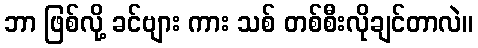
ဘာ ဖြစ်လို့ ခင်ဗျား ကား သစ် တစ်စီးလိုချင်တာလဲ။